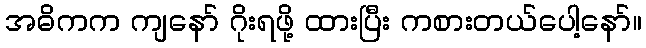
အဓိကက ကျနော် ဂိုးရဖို့ ထားပြီး ကစားတယ်ပေါ့နော်။